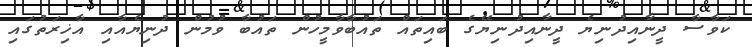
ކަވާސާ ދީނާއިދުނިޔެ ދީނާއިދުނިޔޭގެ ބައިތައް ތައުބާވާމީހުން ތައުބާ ވުމުން ދުނިޔެއާއި އާޚިރަތުގައި